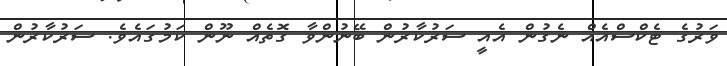
ވަރުގެ ޓެކްސްއެއް ނެގުން އެއީ ސަރުކާރުން ބޭނުންވާ ގޮތެއް ނޫން ކަމުގައެވެ. ސަރުކާރުން